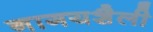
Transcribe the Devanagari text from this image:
नागयशैली